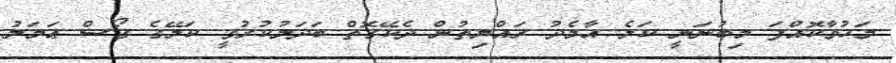
މަހުވާކޮއްފަ މިބުނަނީ ކަލެ އާމެދު ރައްޔިތުން ދެކޭގޮތް ބަދަލުކުރުވީ ކަލޭގެ ގޯސް ޢަމަލު